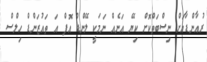
ރުއާންޑާއަށް ނިސްބަތްކޮށް ކިޔޭ އަނެއް ނަމަކީ ލޭންޑް އޮފް އަ ތައުޒަންޑް ހިލްސް